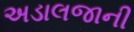
અડાલજાની